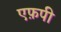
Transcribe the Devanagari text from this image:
एफ़पी